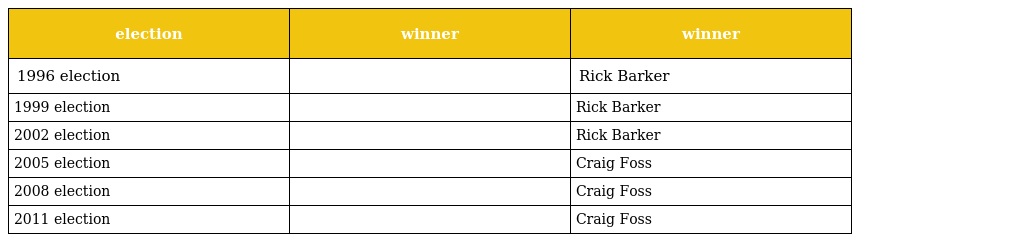
| election | winner | winner |
 | --- | --- | --- |
 | 1996 election |  | Rick Barker |
 | 1999 election |  | Rick Barker |
 | 2002 election |  | Rick Barker |
 | 2005 election |  | Craig Foss |
 | 2008 election |  | Craig Foss |
 | 2011 election |  | Craig Foss |